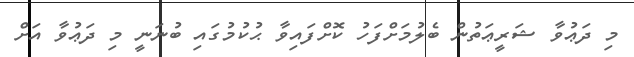
މި ދަޢުވާ ޝަރީޢަތުން ބެލުމަށްފަހު ކޮށްފައިވާ ޙުކުމުގައި ބުނަނީ މި ދަޢުވާ އަށް